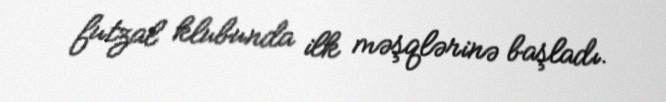
futzal klubunda ilk məşqlərinə başladı.